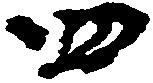
四